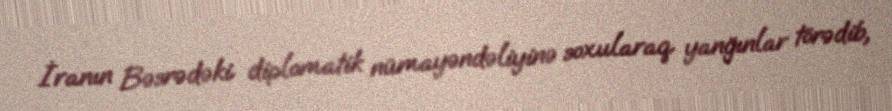
İranın Bəsrədəki diplomatik nümayəndəliyinə soxularaq yanğınlar törədib,